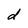
Character: d